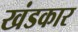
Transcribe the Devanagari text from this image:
खंडकार